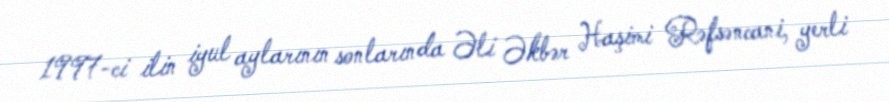
1997-ci ilin iyul aylarının sonlarında Əli Əkbər Haşimi Rəfsəncani, yerli